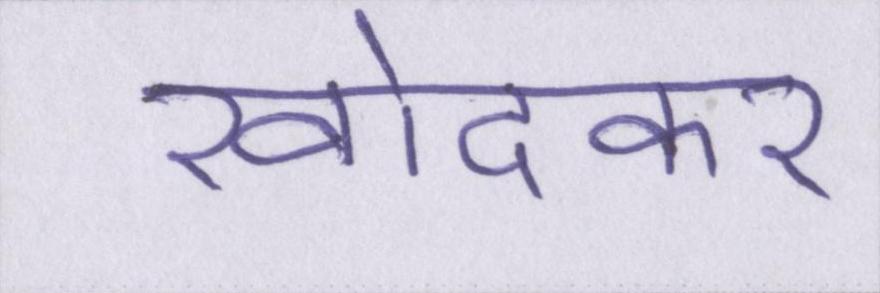
खोदकर